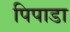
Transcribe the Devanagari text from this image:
पिपाडा